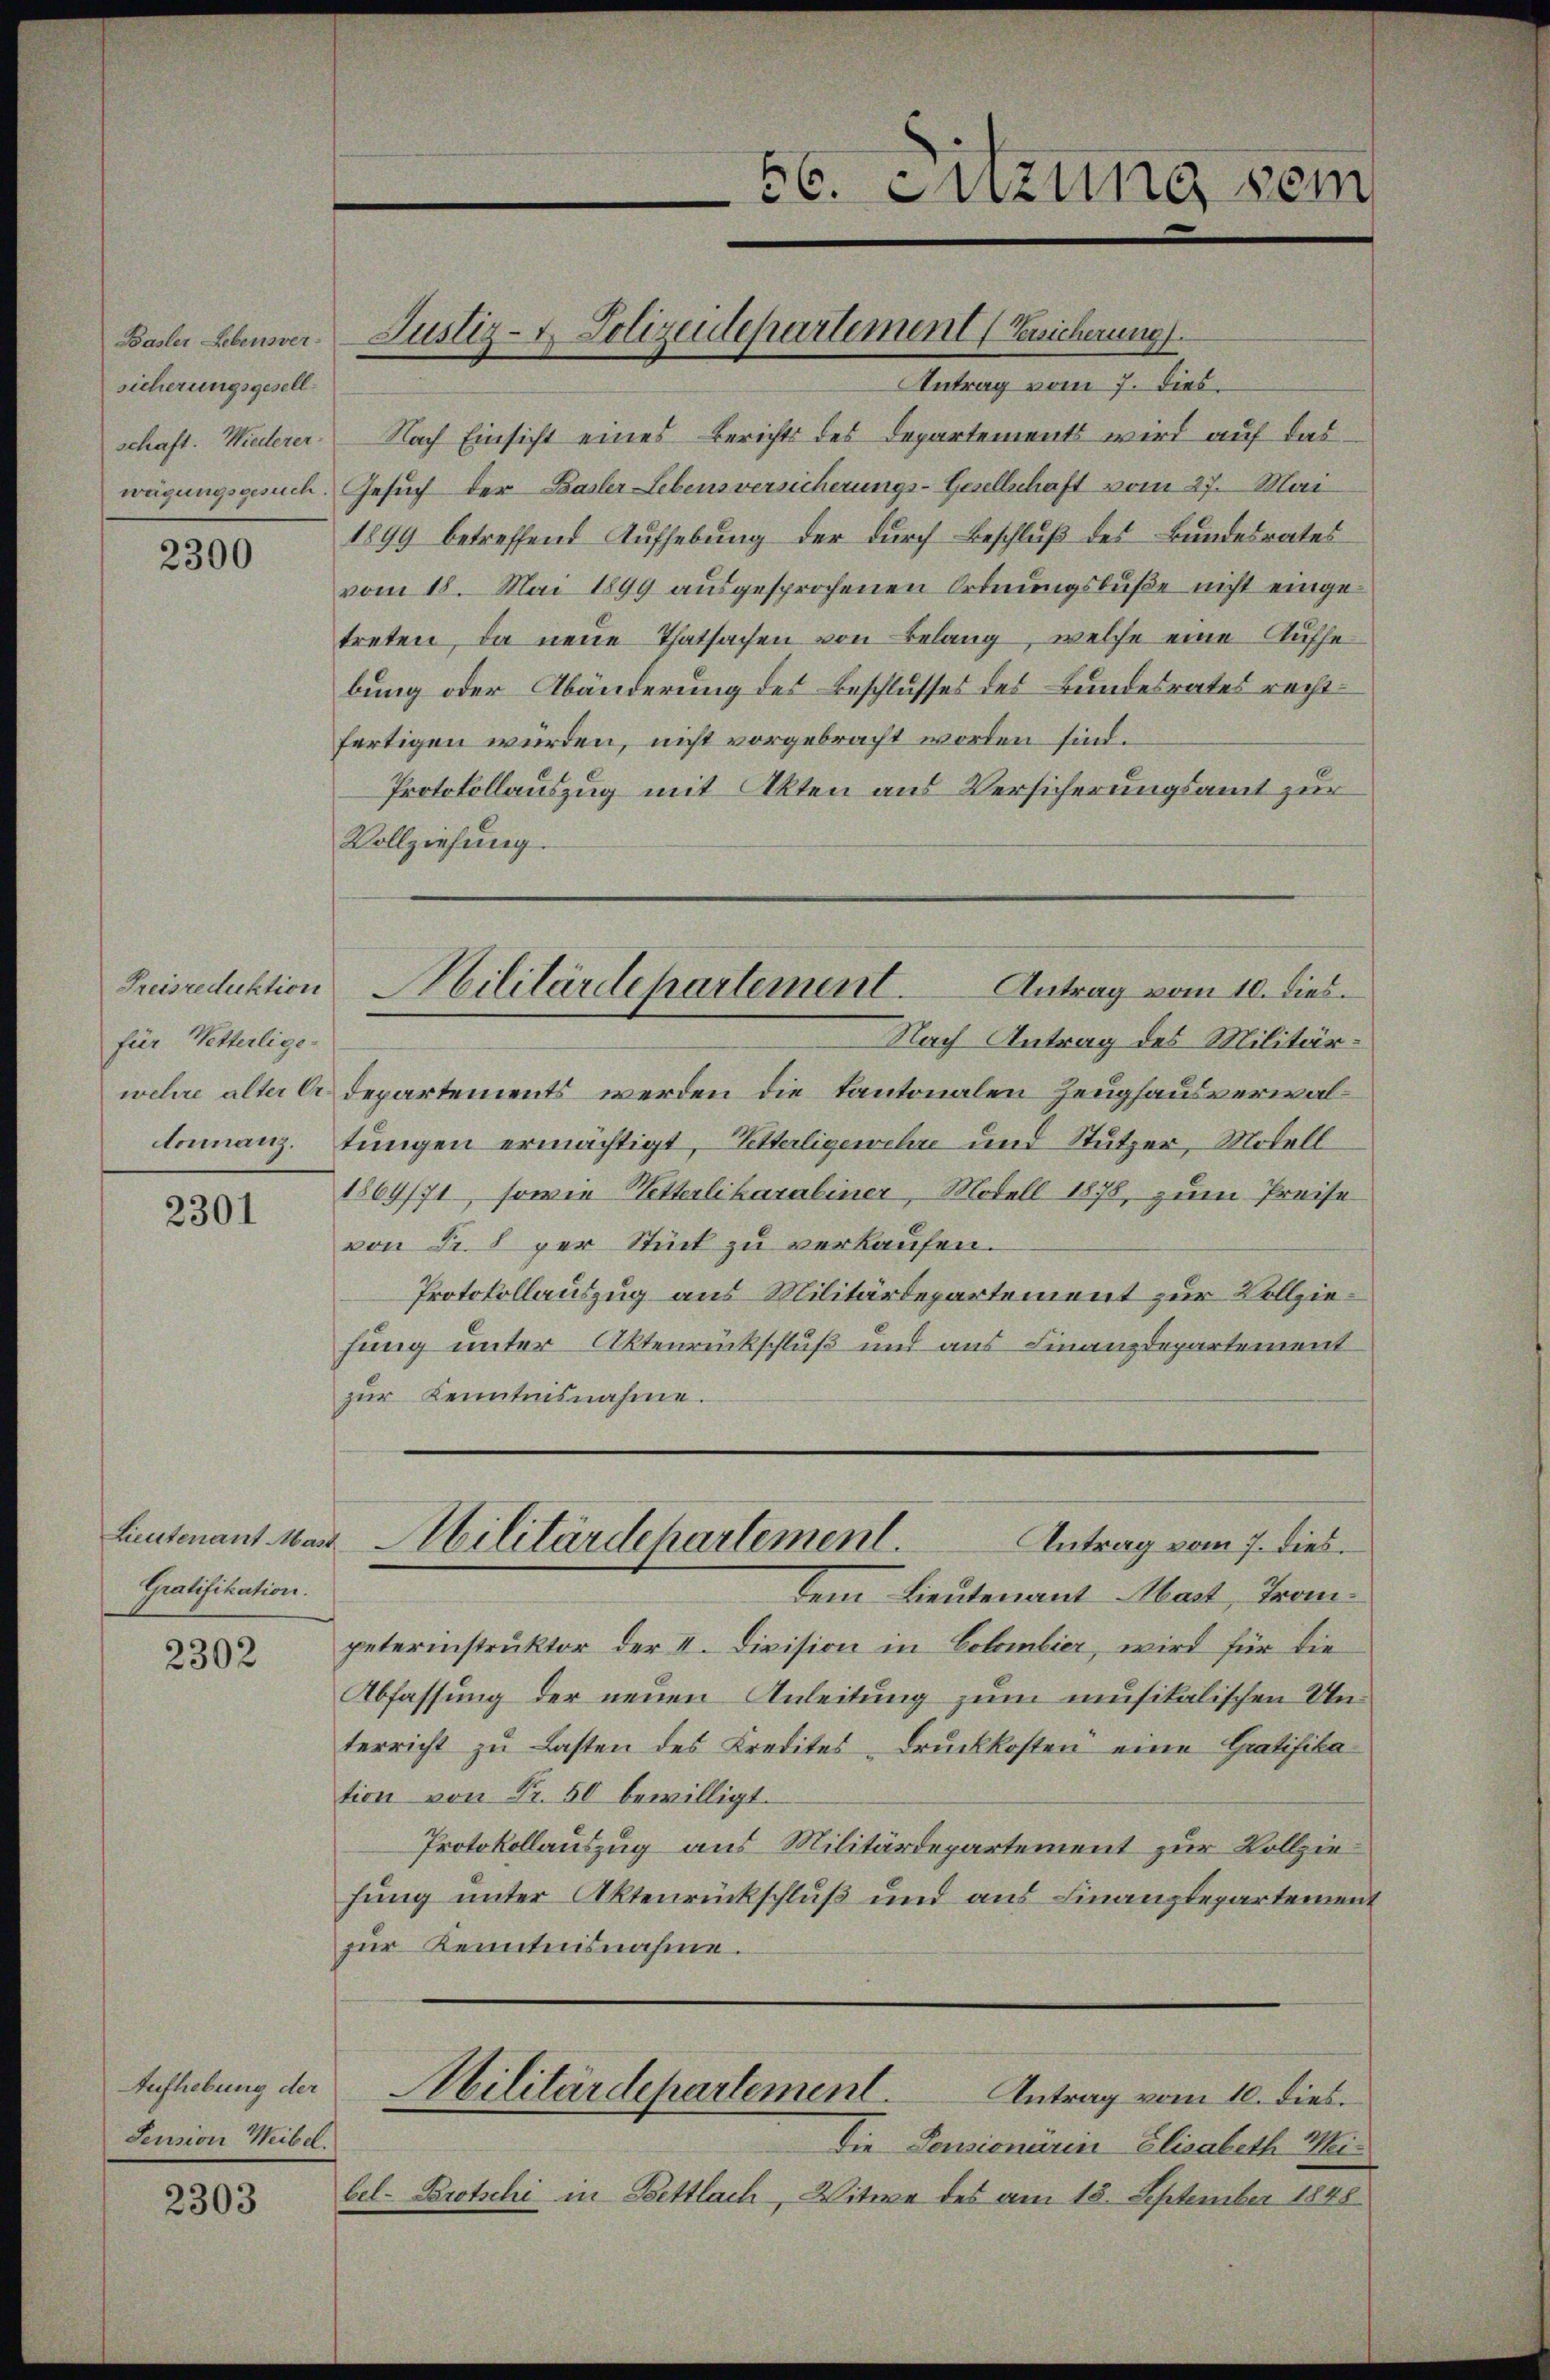
sicherungsgesellschaft. Wiedlerer.

2300

Preisreduktion
für Vetterlige.
tomanz.

2301

Lieutenant Mast
Gratifikation.

2302

Aufhebung der
Pension Weibel.

2303

Antrag vom 7. dies
Nach Einsicht eines Berichts des Departements wird auf daswägungsgesuch. Gesuch der Basler Lebensversicherungs-Gesellschaft vom 27. Mai
1899 betreffend Aufhebung der durch Beschluß des Bundesrates
vom 18. Mai 1899 ausgesprochenen Ordnungsbuße nicht einge
treten, da neue Thatsachen von Belang, welche eine Aufhe
bung oder Abänderung des Beschlusses des Bundesrates rechtfertigen würden, nicht vorgebracht worden sind.
Protokollauszug mit Akten aus Versicherungsamt zur
Vollziehung
Militärdepartement.
Antrag vom 10. dies.
Nach Antrag des Militärwehre alter C. Departements werden die Kantonalen Zeughausverwaltungen ermächtigt, – Vetterligewehre und Stutzer, Modell
1869/71, sowie Wetterlikarabiner, Modell 1878, zum Preise
von Nr. 8 per Stück zu verkaufen.
Protokollauszug aus Militärdepartement zur Vollziefung unter Aktenrückschluß und aus Finanzdepartement
zur Kenntnisnahme.

Basler Lehensver- Justiz- & Polizeidepartement (Zeicherung

56. Enzung sein

dem Lieutenant Mast, Tranpeterinstruktor der II. Division in Colombier, wird für die
Abfassung der neuen Anleitung zum musikalischen Unterricht zu Lasten des Kredites-Druckkosten eine Gratifikation von Fr. 50 bewilligt.
Protokollauszug aus Militärdepartement zur Vollziefung unter Aktenrückschluß und aus Finanzdepartement
zur Kenntnisnahme.
Militärdepartement. Antrag vom 10. dies
Die Pensionärin Elisabeth Meibel- Brotschi in Bettlach, Witwe des am 13. September 1848

Antrag vom 7. dies.
Militärdepartement.